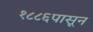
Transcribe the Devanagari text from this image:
१८८६पासून